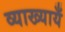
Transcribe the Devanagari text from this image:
व्याख्यायँ